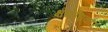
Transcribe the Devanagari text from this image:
क्षेत्रोंधिकार